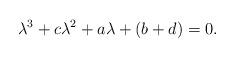
LaTeX: \begin{align*}\lambda^{3}+c\lambda^{2}+a\lambda+(b+d)=0.\end{align*}